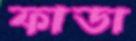
ফাডা